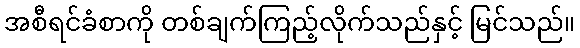
အစီရင်ခံစာကို တစ်ချက်ကြည့်လိုက်သည်နှင့် မြင်သည်။